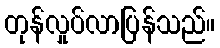
တုန်လှုပ်လာပြန်သည်။